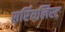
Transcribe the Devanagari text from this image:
सर्रियलिस्ट